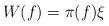
LaTeX: \begin{align*} W( f) = \pi(f) \xi\end{align*}